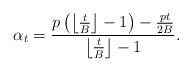
LaTeX: \begin{align*}\alpha_t = \frac{p\left(\left\lfloor\frac{t}{B}\right\rfloor-1\right)-\frac{pt}{2B}}{\left\lfloor\frac{t}{B}\right\rfloor-1}.\end{align*}